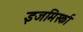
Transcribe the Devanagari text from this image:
इजमिर्स्का